Report of the Indian Hemp Drugs Commission, 1894-1895 - Volume VII
Year: 1894
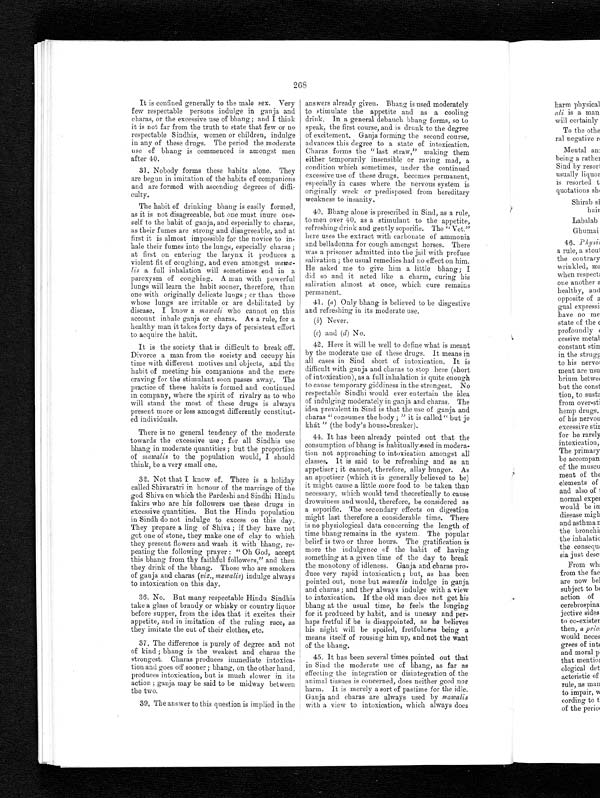
268
It is confined generally to the male sex. Very
few respectable persons indulge in ganja and
charas, or the excessive use of bhang; and I think
it is not far from the truth to state that few or no
respectable Sindhis, women or children, indulge
in any of these drugs. The period the moderate
use of bhang is commenced is amongst men
after 40.
31. Nobody forms these habits alone. They
are begun in imitation of the habits of companions
and are formed with ascendin
degrees of diffi-
c u l t y .
The habit of drinking bhang is easily formed,
as it is not disagreeable, but one must inure one-
self to the habit of ganja, and especially to charas,
as their fumes are strong and disagreeable, and at
first it is almost impossible for the novice to
in-hale their fumes into the lungs, especially charas;
at first on entering the larynx it produces a
violent fit of coughing, and even amongst mawa-
lis a full inhalation will sometimes end in a
paroxysm of coughing. A man with powerful
lungs will learn the habit sooner, therefore, than
one with originally delicate lungs; or than those
whose lungs are irritable or are debilitated by
disease. I know a mawali who cannot on this
account inhale ganja or charas. As a rule, for a
healthy man it takes forty days of persistent effort
to acquire the habit.
It is the society that is difficult to break off.
Divorce a man from the society and occupy his
time with different motives and objects, and the
habit of meeting his companions and the mere
craving for the stimulant soon passes away. The
practice of these habits is formed and continued
in company, where the spirit of rivalry as to who
will stand the most of these drugs is always
present more or less amongst differently constitut-
ed individuals.
There is no general tendency of the moderate
towards the excessive use; for all Sindhis use
bhang in moderate quantities; but the proportion
of mawalis to the population would, I should
think, be a very small one.
32. Not that I know of. There is a holiday
called Shivaratri in honour of the marriage of the
god Shiva on which the Pardeshi and Sindhi Hindu
fakirs who are his followers use these drugs in
excessive quantities. But the Hindu population
in Sindh do not indulge to excess on this day.
They prepare a ling of Shiva; if they have not
got one of stone, they make one of clay to which
they present flowers and wash it with bhang, re-
peating the following prayer: "Oh God, accept
this bhang from thy faithful followers," and then
they drink of the bhang. Those who are smokers
of ganja and charas ( viz,, mawalis ) indulge always
to intoxication on this day.
36. No. But many respectable Hindu Sindhis
take a glass of brandy or whisky or country liquor
before supper, from the idea that it excites their
appetite, and in imitation of the ruling race, as
they imitate the cut of their clothes, etc.
37. The difference is purely of degree and not
of kind; bhang is the weakest and charas the
strongest. Charas produces immediate intoxica-
tion and goes off sooner; bhang, on the other hand,
produces intoxication, but is much slower in its
action; ganja may be said to be midway between
the two.
39. The answer to this question is implied in the
answers already given. Bhang is used moderately
to stimulate the appetite and as a cooling
drink. In a general debauch bhang forms, so to
speak, the first course, and is drunk to the degree
of excitement. Ganja forming the second course,
advances this degree to a state of intoxication.
Charas forms the "last straw," making them
either temporarily insensible or raving mad, a
condition which sometimes, under the continued
excessive use of these drugs, becomes permanent,
especially in cases where the nervous system is
originally week or predisposed from hereditary
weakness to insanity.
40. Bhang alone is prescribed in Sind, as a rule,
to men over 40, as a stimulant to the appetite,
refreshing drink and gently soporific. The "Vet."
here uses the extract with carbonate of ammonia
and belladonna for cough amongst horses. There
was a prisoner admitted into the jail with profuse
salivation; the usual remedies had no effect on him.
He asked me to give him a little bhang; I
did so and it acted like a charm, curing his
salivation almost at once, which cure remains
permanent.
41. (a ) Only bhang is believed to be disgestive
and refreshing in its moderate use.
(b) Never.
(c) and ( d) No.
42. Here it will be well to define what is meant
by the moderate use of these drugs. It means in
all cases in Sind short of intoxication. It is
difficult with ganja and charas to stop here (short
of intoxication), as a full inhalation is quite enough
to cause temporary giddiness in the strongest. No
respectable Sindhi would ever entertain the idea
of indulging moderately in ganja and charas. The
idea prevalent in Sind is that the use of ganja and
charas "consumes the body;" it is called "but jo
khát " (the body's house-breaker).
44. It has been already pointed out that the
consumption of bhang is habitually used in modera-
tion not approaching to intoxication amongst all
classes. It is said to be refreshing and as an
appetiser; it cannot, therefore, allay hunger. As
an appetiser (which it is generally believed to be)
it might cause a little more food to be taken than
necessary, which would tend theoretically to cause
drowsiness and would, therefore, be considered as
a soporific. The secondary effects on digestion
might last therefore a considerable time. There
is no physiological data concerning the length of
time bhang remains in the system. The popular
belief is two or three hours. The gratification is
more the indulgence of the habit of having
something at a given time of the day to break
the monotony of idleness. Ganja and charas pro-
duce very rapid intoxication; but, as has been
pointed out, none but mawalis indulge in ganja
and charas; and they always indulge with a view
to intoxication. If the old man does not get his
bhang at the usual time, he feels the longing
for it produced by habit, and is uneasy and per-
haps fretful if he is disappointed, as he believes
his night will be spoiled, fretfulness being a
means itself of rousing him up, and not the want
of the bhang.
45. It has been several times pointed out that
in Sind the moderate use of bhang, as far as
effecting the integration or disintegration of the
animal tissues is concerned, does neither good nor
harm. It is merely a sort of pastime for the idle.
Ganja and charas are always used by mawalis
with a view to intoxication, which always does